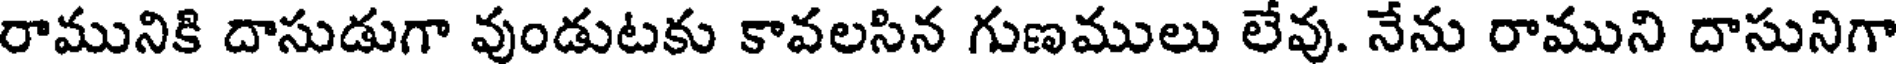
రామునికి దాసుడుగా వుండుటకు కావలసిన గుణములు లేవు. నేను రాముని దాసునిగా